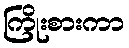
ကြိုးစားကာ